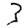
Digit: 3